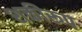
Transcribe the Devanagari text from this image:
शक्तीरूप